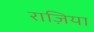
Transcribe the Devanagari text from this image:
राज़िया